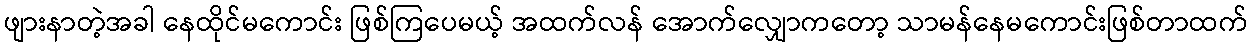
ဖျားနာတဲ့အခါ နေထိုင်မကောင်း ဖြစ်ကြပေမယ့် အထက်လန် အောက်လျှောကတော့ သာမန်နေမကောင်းဖြစ်တာထက်